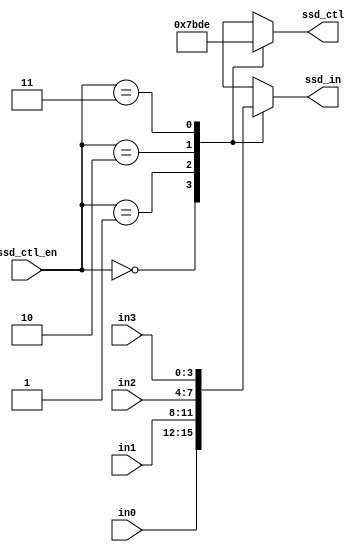
`timescale 1ns / 1ps
//////////////////////////////////////////////////////////////////////////////////
// Company: 
// Engineer: 
// 
// Design Name: 
// Module Name: scan_ctl
// Project Name: 
// Target Devices: 
// Tool Versions: 
// Description: 
// 
// Dependencies: 
// 
// Revision:
// Revision 0.01 - File Created
// Additional Comments:
// 
//////////////////////////////////////////////////////////////////////////////////


module scan_ctl(
    ssd_ctl,    //ssd display control signal
    ssd_in,     //output to ssd display
    in0,        //1st input
    in1,        //2nd input
    in2,        //3rd input
    in3,        //4th input
    ssd_ctl_en  //divided clock for scan control
);

output [3:0] ssd_in;
output [3:0] ssd_ctl;
input [3:0] in0, in1, in2, in3;
input [1:0] ssd_ctl_en;
reg [3:0] ssd_in;
reg [3:0] ssd_ctl;

always @*
    case (ssd_ctl_en)
    2'b00:
    begin
        ssd_ctl = 4'b0111;
        ssd_in = in0;
    end
    2'b01:
    begin
        ssd_ctl = 4'b1011;
        ssd_in = in1;
    end
    2'b10:
    begin
        ssd_ctl = 4'b1101;
        ssd_in = in2;
    end
    2'b11:
    begin
        ssd_ctl = 4'b1110;
        ssd_in = in3;
    end
    default:
    begin
        ssd_ctl = 4'b0000;
        ssd_in = in0;
    end
    endcase
    
endmodule